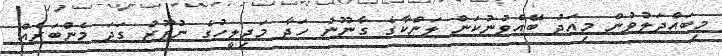
މިބައްދަލުވުން މިއަދު ބޭއްވުނުކަން ލަންކާގެ ގާނޫނު ހަދާ މަޖިލީހުގެ ނުފޫޒު ގަދަ މެންބަރެއް